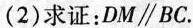
(2)求证：$$DM\parallel BC$$。